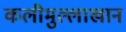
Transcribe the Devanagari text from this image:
कलीमुल्लाखान